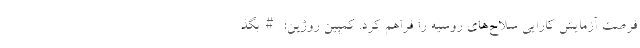
فرصت آزمایش کارایی سلاح‌های روسیه را فراهم کرد. کمپین روژین: #بگذ